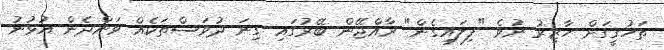
ތަހުގީގަށް ހާޒިރު ނުވެ "ފިލައިގެން" ރާއްޖޭން ބޭރުގައި ގިނަ ދުވަސްތަކެއް ވަންދެން އުޅުނު